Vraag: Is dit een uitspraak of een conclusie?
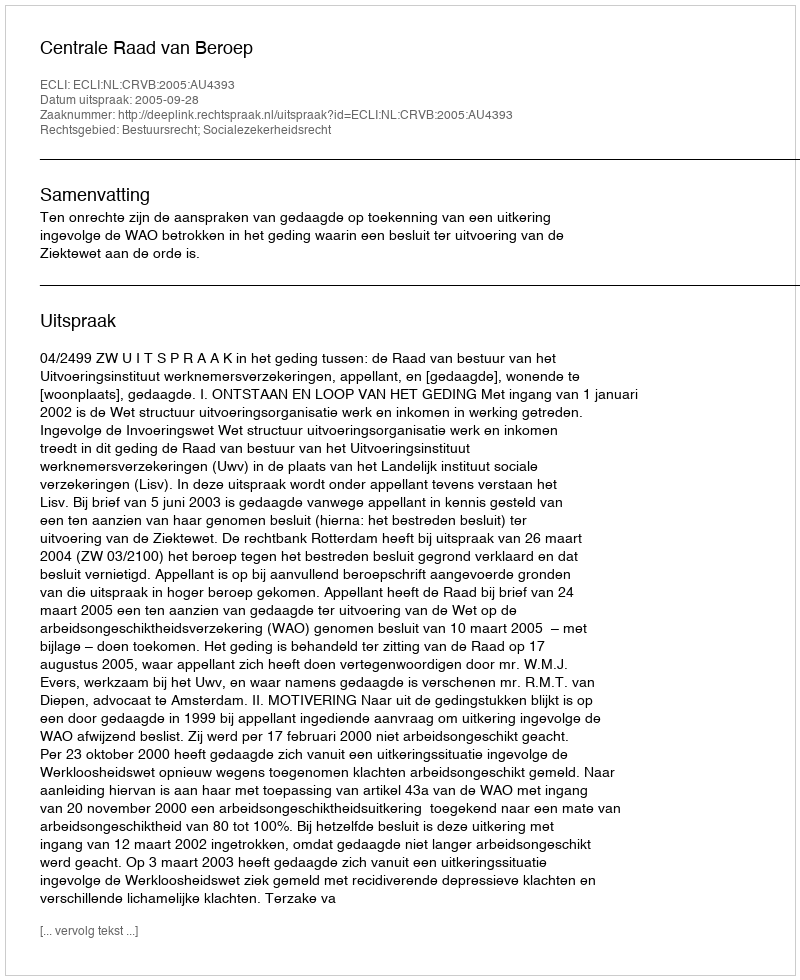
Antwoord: Uitspraak